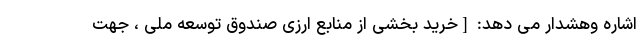
اشاره وهشدار می دهد: [خرید بخشی از منابع ارزی صندوق توسعه ملی ، جهت